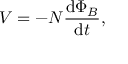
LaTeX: V = - N { \frac { \mathrm { d } \Phi _ { B } } { \mathrm { d } t } } , \,